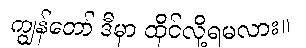
ကျွန်တော် ဒီမှာ ထိုင်လို့ရမလား။